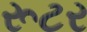
રૂટર